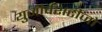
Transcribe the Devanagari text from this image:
युनीर्वशटीजो